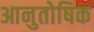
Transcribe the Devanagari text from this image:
आनुतोषिक